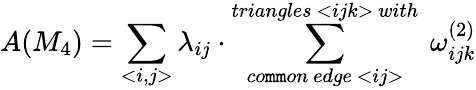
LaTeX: A(M_{4})=\sum_{<i,j>}\lambda_{ij}\cdot\sum_{co\mathtt{m}\mathtt{m}on~edge~<ij>}^{triangles~<ijk>~with}~\omega_{ijk}^{(2)}